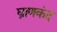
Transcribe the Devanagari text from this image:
घ्राणकंद